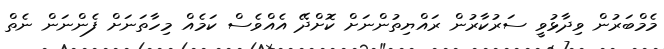
މެމްބަރުން ވިދާޅުވީ ސަރުކާރުން ރައްޔިތުންނަށް ކޮށްދޭ އެއްވެސް ކަމެއް މިހާތަނަށް ފެންނަން ނެތް